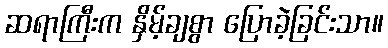
ဆရာကြီးက နှိမ့်ချစွာ ပြောခဲ့ခြင်းသာ။